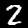
Digit: 2